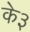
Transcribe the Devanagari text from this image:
के३